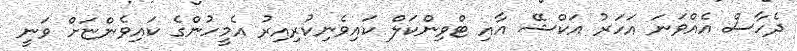
ދެހާސް އެއްވަނަ އަހަރު އަކްޝޭ އާއި ޓްވިންކަލް ކައިވެނިކުރިއިރު އެމީހުންގެ ކައިވެންޏަށް ވަނީ